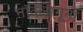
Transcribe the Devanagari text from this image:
नॉर्दलागूना